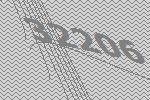
32206